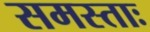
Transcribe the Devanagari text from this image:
समस्ताः